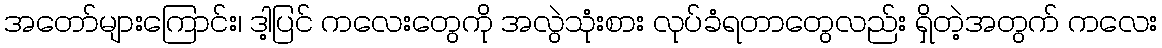
အတော်များကြောင်း၊ ဒါ့ပြင် ကလေးတွေကို အလွဲသုံးစား လုပ်ခံရတာတွေလည်း ရှိတဲ့အတွက် ကလေး